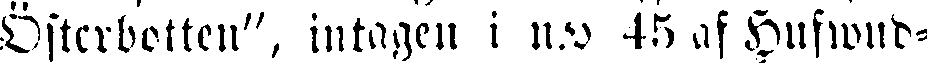
Österbotten", intagen i n:o 45 af Hufwud-